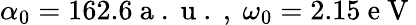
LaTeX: \alpha_{0}=162.6\mathrm{~a~.~u~.~},\ \omega_{0}=2.15\mathrm{~e~V~}